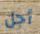
أجل